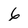
Character: 6